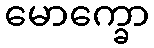
မောက္ခော